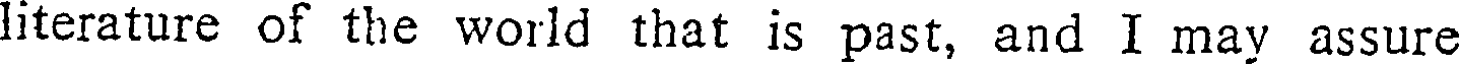
literature of the world that is past, and I may assure